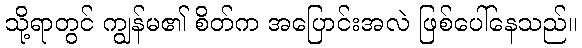
သို့ရာတွင် ကျွန်မ၏ စိတ်က အပြောင်းအလဲ ဖြစ်ပေါ်နေသည်။